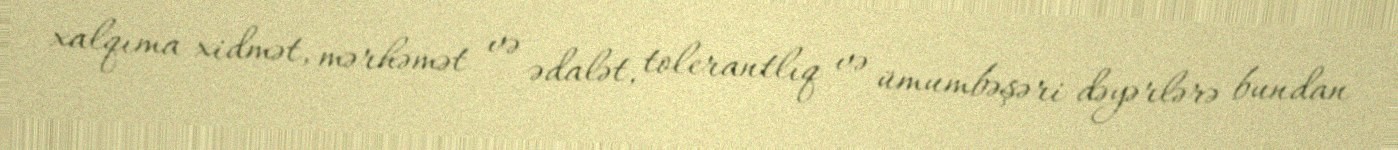
xalqıma xidmət, mərhəmət və ədalət, tolerantlıq və ümumbəşəri dəyərlərə bundan